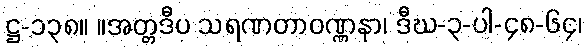
ဋ္ဌ-၁၃၈။ ။အတ္တဒီပ သရဏတာဝဏ္ဏနာ၊ ဒီဃ-၃-ပါ-၄၈-၆၄၊